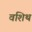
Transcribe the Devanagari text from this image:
वशिथ